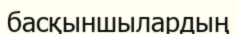
басқыншылардың